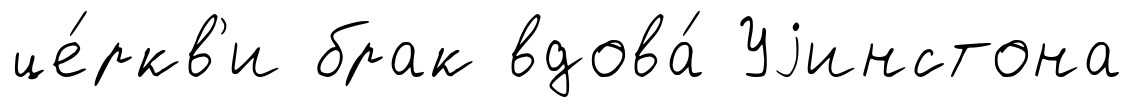
це́ркв'и брак вдова́ Уjинстона